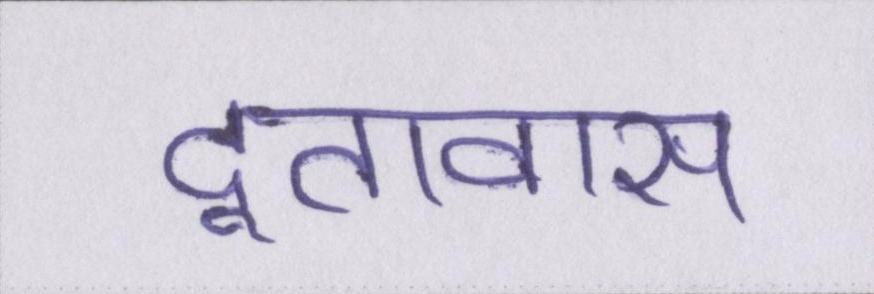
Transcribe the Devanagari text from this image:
दूतावास